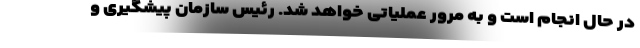
در حال انجام است و به مرور عملیاتی خواهد شد. رئیس سازمان پیشگیری و